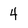
Character: 4